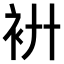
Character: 𧘬